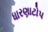
ધારણાટોપ